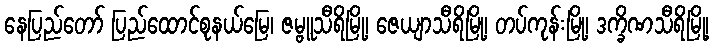
နေပြည်တော် ပြည်ထောင်စုနယ်မြေ၊ ဇမ္ဗူသီရိမြို့၊ ဇေယျာသီရိမြို့၊ တပ်ကုန်းမြို့၊ ဒက္ခိဏသီရိမြို့၊